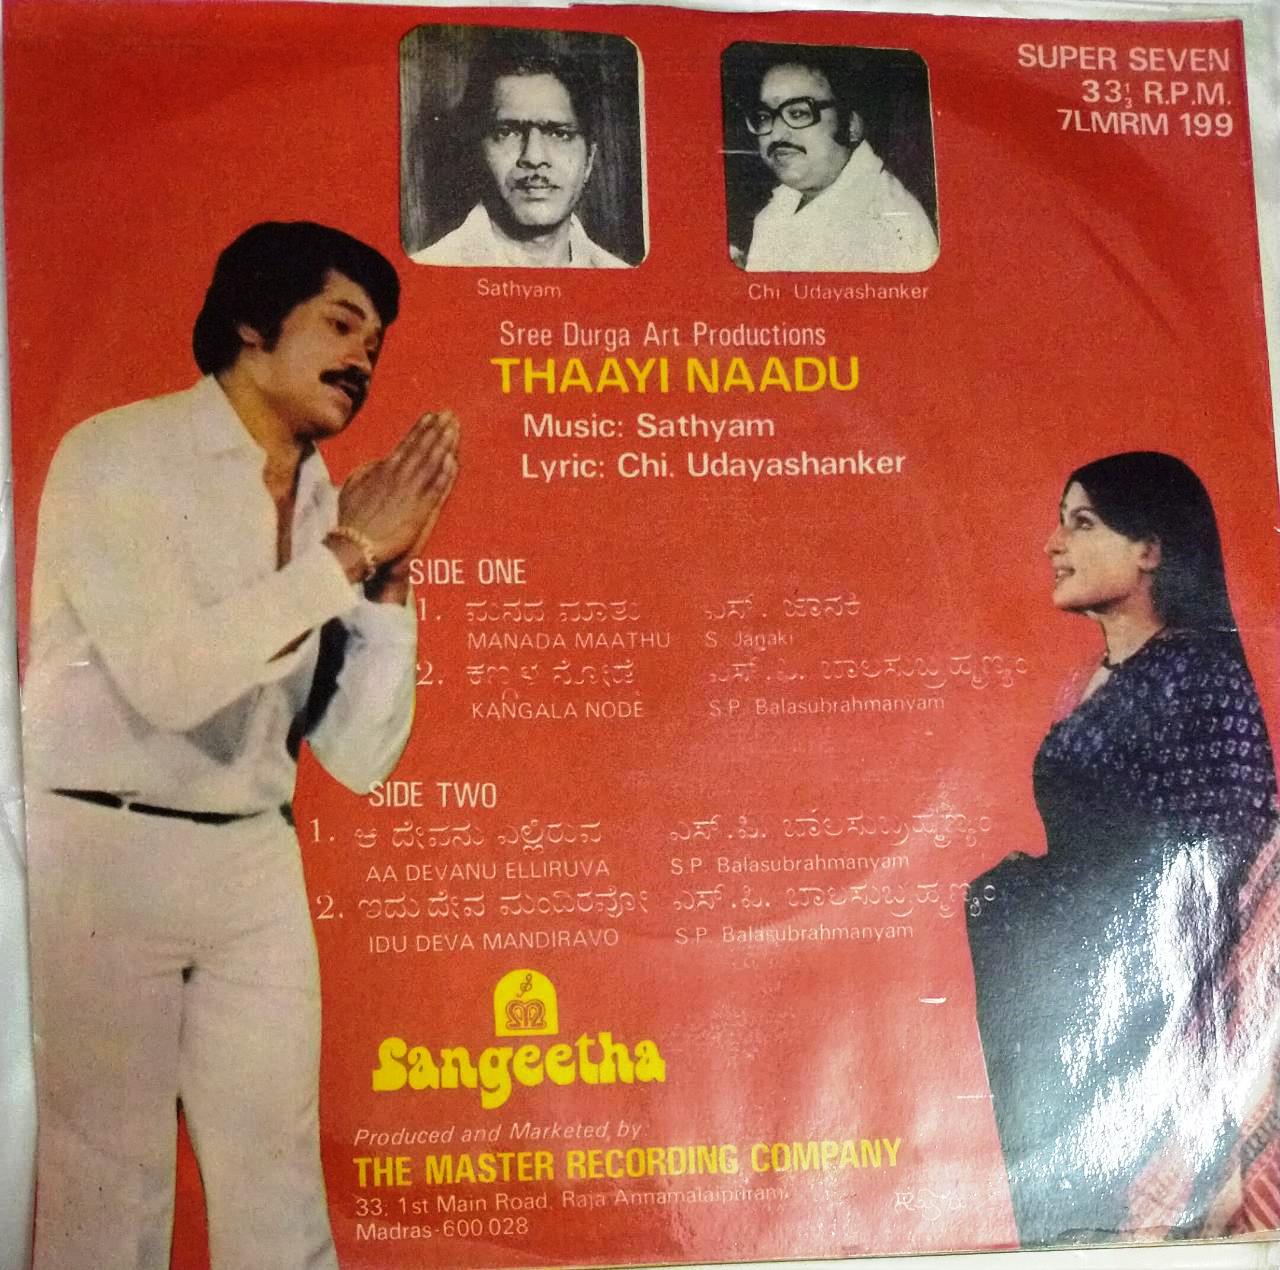
Language: kannada
Transcription: ಮನದ ಕಂಗಳ ನೋಡೆ ಇದುದೇವ ಮಂದಿರವೋ ಎಸ್.ಪಿ ಬಾಲಸುಬ್ರಹ್ಮಣ್ಯo ಮಾತು ಎಲ್ಲಿರುವ ಆ ದೇವನು